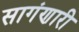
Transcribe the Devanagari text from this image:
सागंणारी